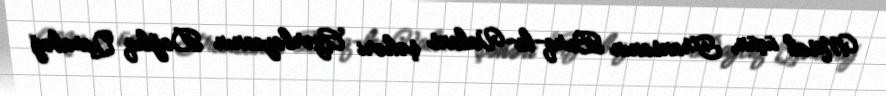
Misal üçün, Fransanın Burq-le-Valans şəhəri Azərbaycanın Dağlıq Qarabağ